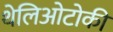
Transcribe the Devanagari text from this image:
थेलिओटोकी